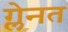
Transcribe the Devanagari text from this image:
ग्लेनत